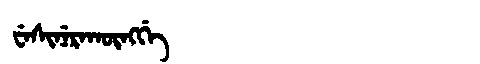
Manchu: ᠸᡝᠰᡳᠨᡝᡵᠠᡴᡡᠩᡤᡝ
Romanization: WESINERAKŪNGGE